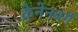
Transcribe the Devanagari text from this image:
क्रेनेनबर्ग